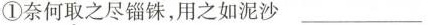
①奈何取之尽锱铢，用之如泥沙 ___